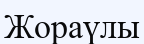
Жораүлы